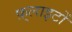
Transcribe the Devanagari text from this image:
फ़्लाइटों